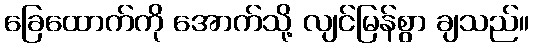
ခြေထောက်ကို အောက်သို့ လျင်မြန်စွာ ချသည်။